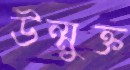
উন্মুক্ত